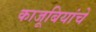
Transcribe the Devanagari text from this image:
काजूबियांचे